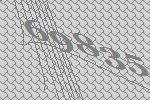
69835